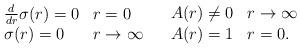
LaTeX: \begin{align*}\begin{array}{ll}\begin{array}{ll}\frac{d}{d r}\sigma(r) = 0 &r=0 \\\sigma(r) = 0 & r \rightarrow \infty \end{array} &\begin{array}{ll}A(r) \neq 0 & r \rightarrow\infty \\A(r) = 1 & r = 0.\end{array}\end{array}\end{align*}